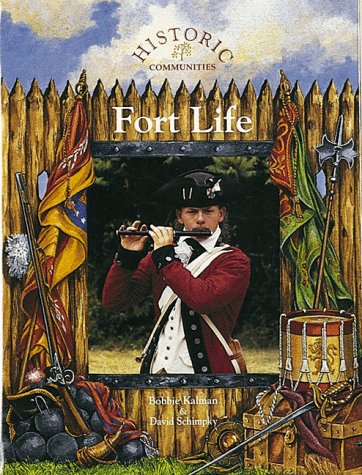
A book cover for Fort Life (Historic Communities); Bobbie Kalman; Children's Books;